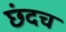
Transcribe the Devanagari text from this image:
छंदच